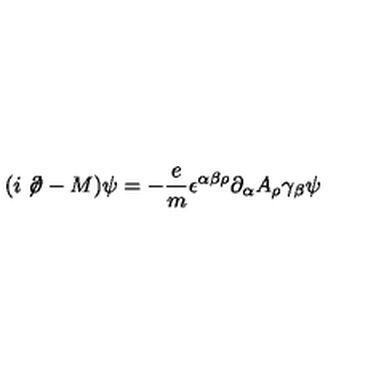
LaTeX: ( i \not \! \partial - M ) \psi = - \frac { e } { m } \epsilon ^ { \alpha \beta \rho } \partial _ { \alpha } A _ { \rho } \gamma _ { \beta } \psi